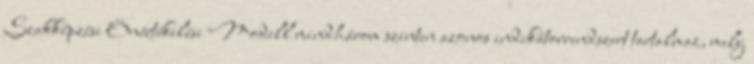
Szakképzési Önértékelési Modell mindhárom szinten azonos indikátorrendszert tartalmaz, mely